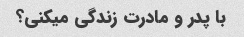
با پدر و مادرت زندگی میکنی؟